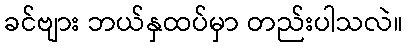
ခင်ဗျား ဘယ်နှထပ်မှာ တည်းပါသလဲ။